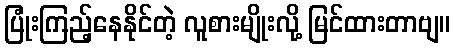
ပြုံးကြည့်နေနိုင်တဲ့ လူစားမျိုးလို့ မြင်ထားတာဗျ။